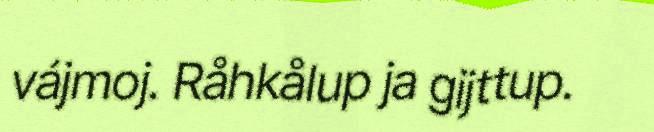
vájmoj. Råhkålup ja gijttup.